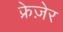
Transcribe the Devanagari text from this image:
फ्रेज़ेर